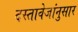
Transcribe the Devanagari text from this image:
दस्तावेजांनुसार